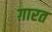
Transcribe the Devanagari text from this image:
ग़ारत